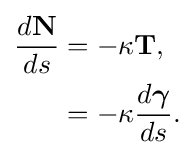
{\begin{aligned}{\frac {d\mathbf {N} }{ds}}&=-\kappa \mathbf {T} ,\\&=-\kappa {\frac {d{\boldsymbol {\gamma }}}{ds}}.\end{aligned}}